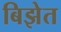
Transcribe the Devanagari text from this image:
बिझेत